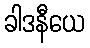
ခါဒနီယေ